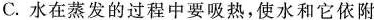
C.水在蒸发的过程中要吸热，使水和它依附